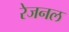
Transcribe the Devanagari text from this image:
रेजनल